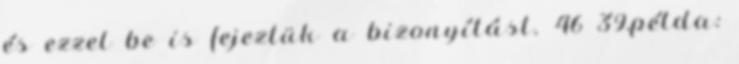
és ezzel be is fejeztük a bizonyítást. 46 39.példa: